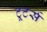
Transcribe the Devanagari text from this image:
टूटर्स